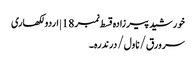
خورشید پیرزادہ قسط نمبر 18 | اردو لکھاری
سر ورق / ناول / درندرہ۔